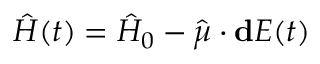
\hat { H } ( t ) = \hat { H } _ { 0 } - \hat { \boldsymbol { \mu } } \cdot \mathbf { d } E ( t )